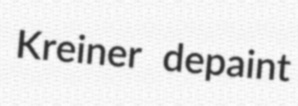
Kreiner depaint